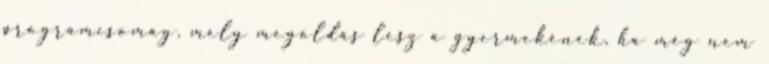
programcsomag, mely megoldás lesz a gyermekének, ha még nem